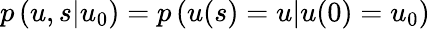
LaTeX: p\left(\left.u,s\right|u_{0}\right)=p\left(\left.u(s)=u\right|u(0)=u_{0}\right)